Code of medical and sanitary regulations for the guidance of medical officers serving in the Madras Presidency - Volume II
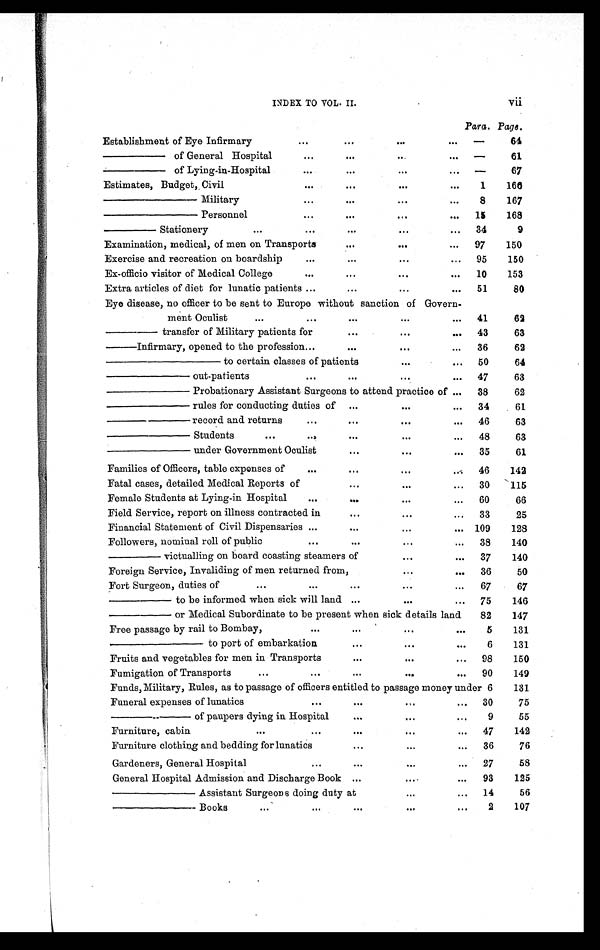
INDEX TO VOL. II.
Vii
Para. Page.
Establishment of Eye Infirmary
. . .
...
...
. . .
—
64
——— of General Hospital
. . .
. . .
...
. . .
—
61
——— of Lying-in-Hospital
. . .
. . .
. . .
. . .
—
67
Estimates, Budget, Civil
...
. . .
...
. . .
1
166
———— Military
...
. . .
. . .
. . .
8
167
———— Personnel
. . .
...
. . .
...
15
168
—— Stationery
...
...
. . .
. . .
...
34
9
Examination, medical, of men on Transports
. . .
...
...
97
150
Exercise and recreation on boardship
. . .
. . .
. . .
. . .
95
150
Ex-officio visitor of Medical College
...
. . .
. . .
. . .
10
153
Extra articles of diet for lunatic patients ...
. . .
...
...
51
80
Eye disease, no officer to be sent to Europe without sanction of Govern-
ment Oculist
...
...
. . .
...
...
41
62
— — — t r a n s f e r o f M i l i t a r y p a t i e n t s f o r
. . .
...
...
43
63
—— Infirmary, opened to the profession ...
. . .
...
...
36
62
————— to certain classes of patients
...
...
50
64
———— out-patients
. . .
. . .
...
...
47
63
———— Probationary Assistant Surgeons to attend practice of
...
38
62
———— rules for conducting duties of ...
...
...
34
61
———— record and returns
. . .
. . .
...
...
46
63
———— S tudents
. . .
...
. . .
. . .
. . .
48
63
———— under Government Oculist
. . .
. . .
...
35
61
Families of Officers, table expenses of
. . .
. . .
. . .
. . .
46
142
Fatal cases, detailed Medical Reports of
...
. . .
...
30
115
Female Students at Lying-in Hospital
. . .
. . .
. . .
. . .
60
66
Field Service, report on illness contracted in
. . .
. . .
. . .
33
25
Financial Statement of Civil Dispensaries ...
. . .
...
... 109
128
Followers, nominal roll of public
. . .
. . .
. . .
...
38
140
—— victualling on board coasting steamers of
...
...
37
140
Foreign Service, Invaliding of men returned from,
...
. . . 36
50
Fort Surgeon, duties of
...
. . .
. . .
. . .
...
67
67
——— to be informed when sick will land ...
. . .
...
75
146
——— or Medical Subordinate to be present when sick details land
82
147
Free passage by rail to Bombay,
...
. . .
...
. . .
5
131
————— to port of embarkation
...
. . .
. . .
6
131
Fruits and vegetables for men in Transports
. . .
. . .
...
98
150
Fumigation of Transport
...
. . .
. . .
. . .
...
90
149
Funds, Military, Rules, as to passage of officers entitled to passage money under 6
131
Funeral expenses of lunatics
. . .
. . .
. . .
...
30
75
———— of paupers dying in Hospital
. . .
...
...
9
55
Furniture, cabin
...
...
. . .
. . .
...
47
142
Furniture clothing and bedding for lunatics
. . .
...
...
36
76
Gardeners, General Hospital
. . .
. . .
...
...
27
58
General Hospital Admission and Discharge Book ...
. . .
...
93
125
———— Assistant Surgeons doing duty at
...
...
...
14
56
———— Books
. . .
. . .
...
...
. . .
2
107